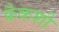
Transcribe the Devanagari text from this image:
फ्रँकशी